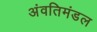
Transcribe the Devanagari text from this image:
अंवतिमंडल